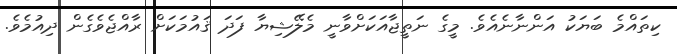
ކިތައްމެ ބަޔަކު އަންނާނެއެވެ. މީގެ ނަތީޖާއަކަށްވާނީ މެލޭޝިޔާ ފަދަ ޤައުމަކަށް ރާއްޖެވެގެން ދިއުމެވެ.